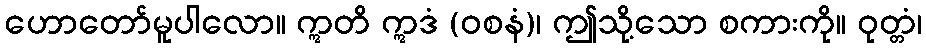
ဟောတော်မူပါလော။ ဣတိ ဣဒံ (ဝစနံ)၊ ဤသို့သော စကားကို။ ဝုတ္တံ၊